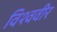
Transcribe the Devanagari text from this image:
विश्ववीर